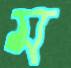
ম